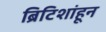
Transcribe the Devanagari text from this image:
ब्रिटिशांहून